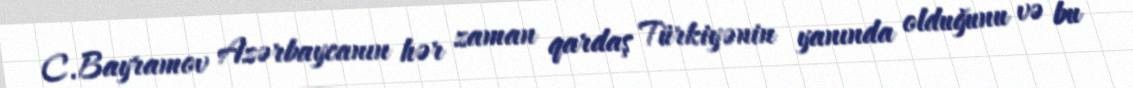
C.Bayramov Azərbaycanın hər zaman qardaş Türkiyənin yanında olduğunu və bu